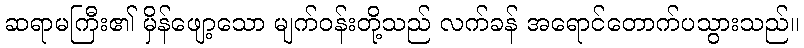
ဆရာမကြီး၏ မှိန်ဖျော့သော မျက်ဝန်းတို့သည် လက်ခန် အရောင်တောက်ပသွားသည်။